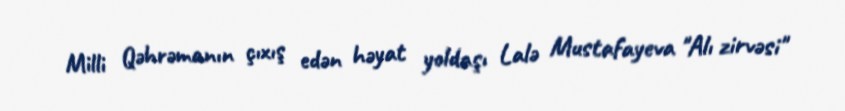
Milli Qəhrəmanın çıxış edən həyat yoldaşı Lalə Mustafayeva "Alı zirvəsi"